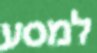
למסע